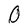
Character: O